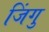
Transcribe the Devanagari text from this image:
जिंगु